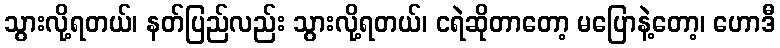
သွားလို့ရတယ်၊ နတ်ပြည်လည်း သွားလို့ရတယ်၊ ငရဲဆိုတာတော့ မပြောနဲ့တော့၊ ဟောဒီ